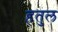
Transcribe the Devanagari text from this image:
हतुल